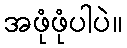
အဖုံဖုံပါပဲ။